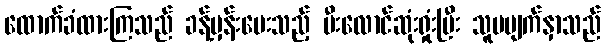
ထောက်ခံထားကြသည် ခန့်မှန်းပေးသည့် မီးလောင်ဆုံးရှုံးပြီး သူမမျက်နှာသည်